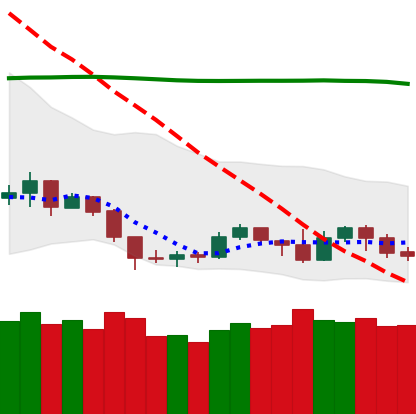
Ticker: NEO-USD
Chart end date: 2019-09-11
Forward return: 3.053%
Label: up_3_5